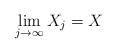
LaTeX: \begin{align*}\lim_{j\rightarrow \infty} X_j = X\end{align*}